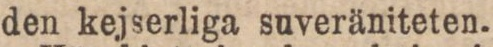
den kejserliga suveräniteten.